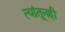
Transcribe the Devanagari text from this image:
त्यांतूनही